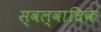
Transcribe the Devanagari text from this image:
स्वल्वाधिक